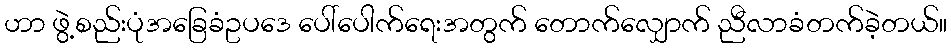
ဟာ ဖွဲ့စည်းပုံအခြေခံဥပဒေ ပေါ်ပေါက်ရေးအတွက် တောက်လျှောက် ညီလာခံတက်ခဲ့တယ်။